Indian journal of veterinary science and animal husbandry - Volume 14,
Year: 1944
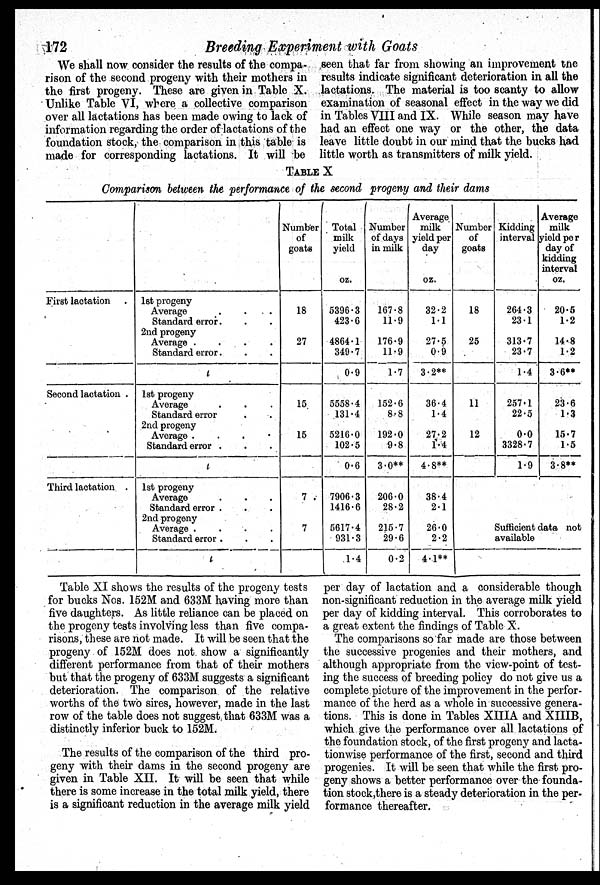
172
Breeding Experiment with Goats
We shall now consider the results of the compa-
rison of the second progeny with their mothers in
the first progeny. These are given in Table X.
Unlike Table VI, where a collective comparison
over all lactations has been made owing to lack of
information regarding the order of lactations of the
foundation stock, the comparison in this table is
made for corresponding lactations. It will be
seen that far from showing an improvement the
results indicate significant deterioration in all the
lactations. The material is too scanty to allow
examination of seasonal effect in the way we did
in Tables VIII and IX. While season may have
had an effect one way or the other, the data
leave little doubt in our mind that the bucks had
little worth as transmitters of milk yield.
TABLE X
Comparison between the performance of the second progeny and their dams
First lactation .
Second lactation .
Third lactation .
1st progeny
Average . . .
Standard error. . .
2nd progeny
Average .
.
.
.
Standard error. . . .
t
1st progeny
Average . . .
Standard error . .
2nd progeny
Average . . . .
Standard error . . .
t
1st progeny
Average . . .
Standard error . . .
2nd progeny
Average .
.
.
.
Standard error . . .
t
Number
of
goats
18
27
15
15
7
7
Total
milk
yield
oz.
5396.3
423.6
4864.1
349.7
0.9
5558.4
131.4
5216.0
102.5
0.6
7906.3
1416.6
5617.4
931.3
1.4
Number
of days
in milk
167.8
11.9
176.9
11.9
1.7
152.6
8.8
192.0
9.8
3.0**
206.0
28.2
215.7
29.6
0.2
Average
milk
yield per
day
oz.
32.2
1.1
27.5
0.9
3.2**
36.4
1.4
27.2
1.4
4.8**
38.4
2.1
26.0
2.2
4.1**
Number
of
goats
18
25
11
12
Kidding
interval
264.3
23.1
313.7
23.7
1.4
257.1
22.5
0.0
3328.7
1.9
Average
milk
yield per
day of
kidding
interval
oz.
20.5
1.2
14.8
1.2
3.6**
23.6
1.3
15.7
1.5
3.8**
Sufficient data not
available
Table XI shows the results of the progeny tests
for bucks Nos. 152M and 633M having more than
five daughters. As little reliance can be placed on
the progeny tests involving less than five compa-
risons, these are not made. It will be seen that the
progeny of 152M does not show a significantly
different performance from that of their mothers
but that the progeny of 633M suggests a significant
deterioration. The comparison of the relative
worths of the two sires, however, made in the last
row of the table does not suggest that 633M was a
distinctly inferior buck to 152M.
The results of the comparison of the third pro-
geny with their dams in the second progeny are
given in Table XII. It will be seen that while
there is some increase in the total milk yield, there
is a significant reduction in the average milk yield
per day of lactation and a considerable though
non-significant reduction in the average milk yield
per day of kidding interval. This corroborates to
a great extent the findings of Table X.
The comparisons so far made are those between
the successive progenies and their mothers, and
although appropriate from the view-point of test-
ing the success of breeding policy do not give us a
complete picture of the improvement in the perfor-
mance of the herd as a whole in successive genera-
tions. This is done in Tables XIIIA and XIIIB,
which give the performance over all lactations of
the foundation stock, of the first progeny and lacta-
tionwise performance of the first, second and third
progenies. It will be seen that while the first pro-
geny shows a better performance over the founda-
tion stock, there is a steady deterioration in the per-
formance thereafter.